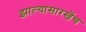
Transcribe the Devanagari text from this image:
झाल्यासारखेंच